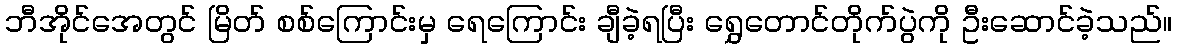
ဘီအိုင်အေတွင် မြိတ် စစ်ကြောင်းမှ ရေကြောင်း ချီခဲ့ရပြီး ရွှေတောင်တိုက်ပွဲကို ဦးဆောင်ခဲ့သည်။